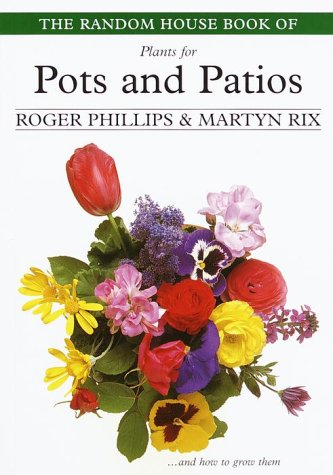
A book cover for The Random House Book of Plants for Pots and Patios; Roger Phillips; Crafts, Hobbies & Home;